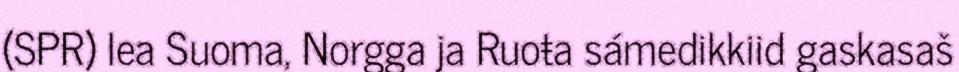
(SPR) lea Suoma, Norgga ja Ruoŧa sámedikkiid gaskasaš